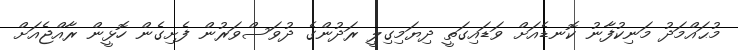
މުޙައްމަދު މަނިކުފާނު ކޮނޑެއަށް ވަޑައިގަތީ ދިޔަމިގިލީ ރަދުންގެ ދުވަސްވަރުން ފެށިގެން ހޮޅީން ރާއްޖެއަށް